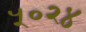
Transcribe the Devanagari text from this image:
५०२४